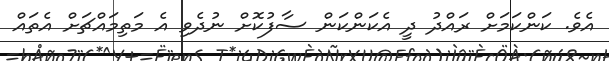
އެވެ. ކަންކަމަށް ރައްދު ދީ އެކަންކަން ސާފުކޮށް ނުދެވި އެ މަތިމައްޗަށް އެތައް